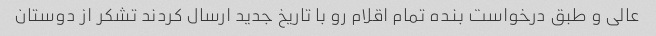
عالی و طبق درخواست بنده تمام اقلام رو با تاریخ جدید ارسال کردند تشکر از دوستان